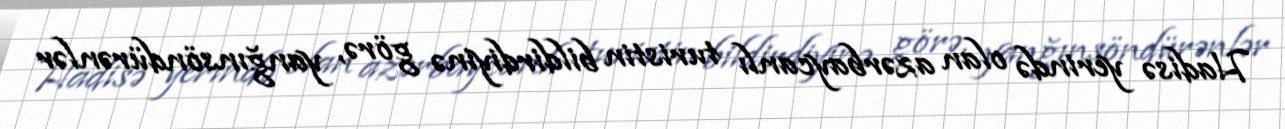
Hadisə yerində olan azərbaycanlı turistin bildirdiyinə görə, yanğınsöndürənlər